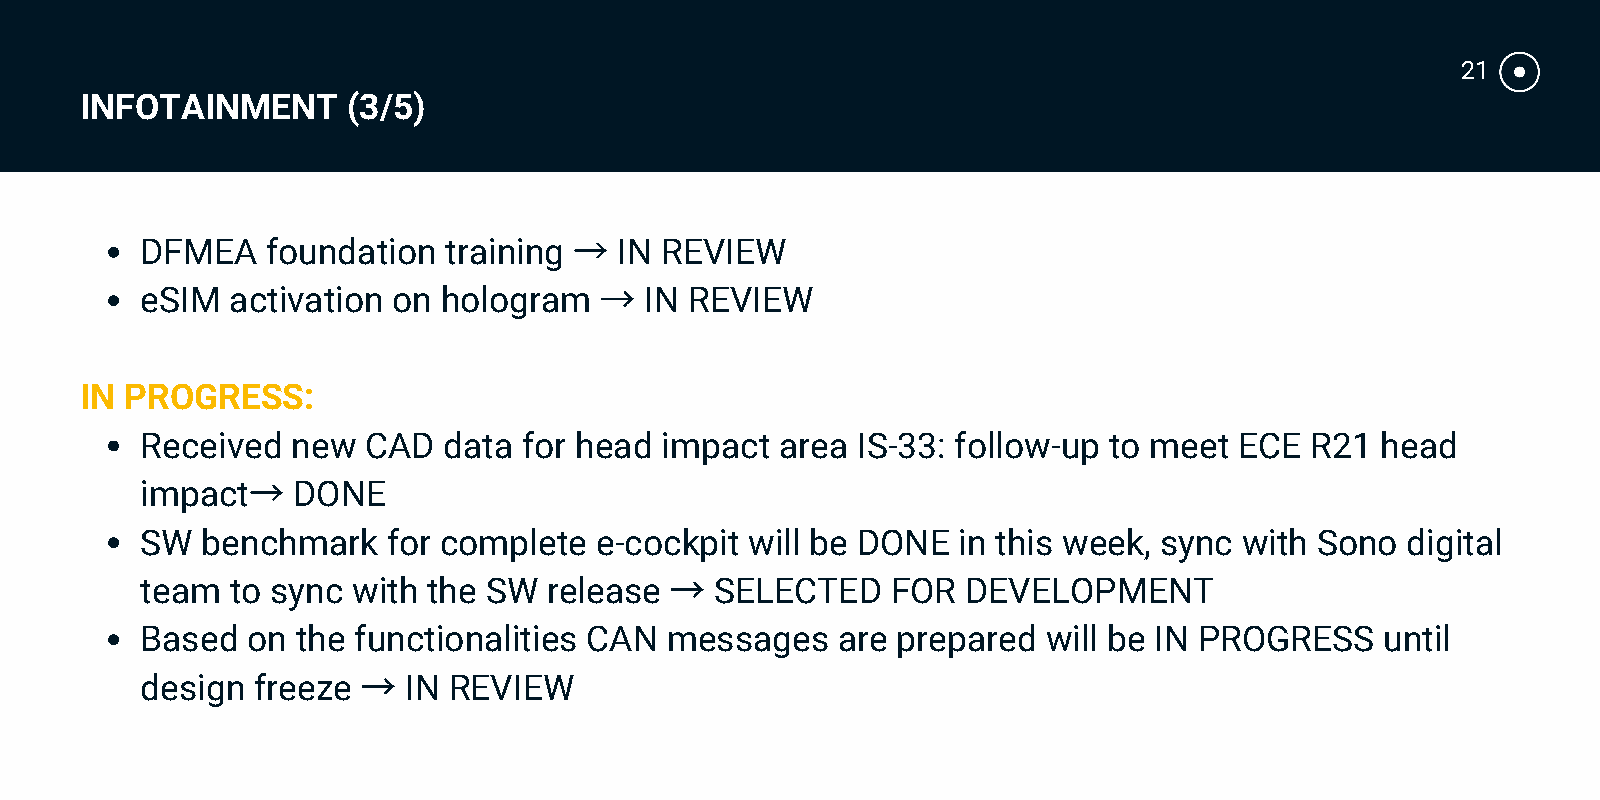
21
 INFOTAINMENT      (3/5)
 →
 DFMEA    foundation training    IN REVIEW
 →
 eSIM  activation on hologram      IN REVIEW
 IN PROGRESS:
 Received  new  CAD  data  for head impact  area IS-33: follow-up to meet ECE  R21 head
 →
 impact    DONE
 SW  benchmark    for complete e-cockpit  will be DONE in this week, sync with Sono  digital
 →
 team  to sync with the SW  release    SELECTED    FOR  DEVELOPMENT
 Based  on  the functionalities CAN messages   are prepared  will be IN PROGRESS    until
 →
 design  freeze    IN REVIEW